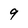
Character: 9